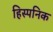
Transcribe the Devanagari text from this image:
हिस्पनिक